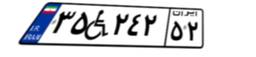
۸۱W۱۳۸۳۴